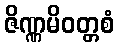
ဇိဏ္ဏမိဝတ္တစံ